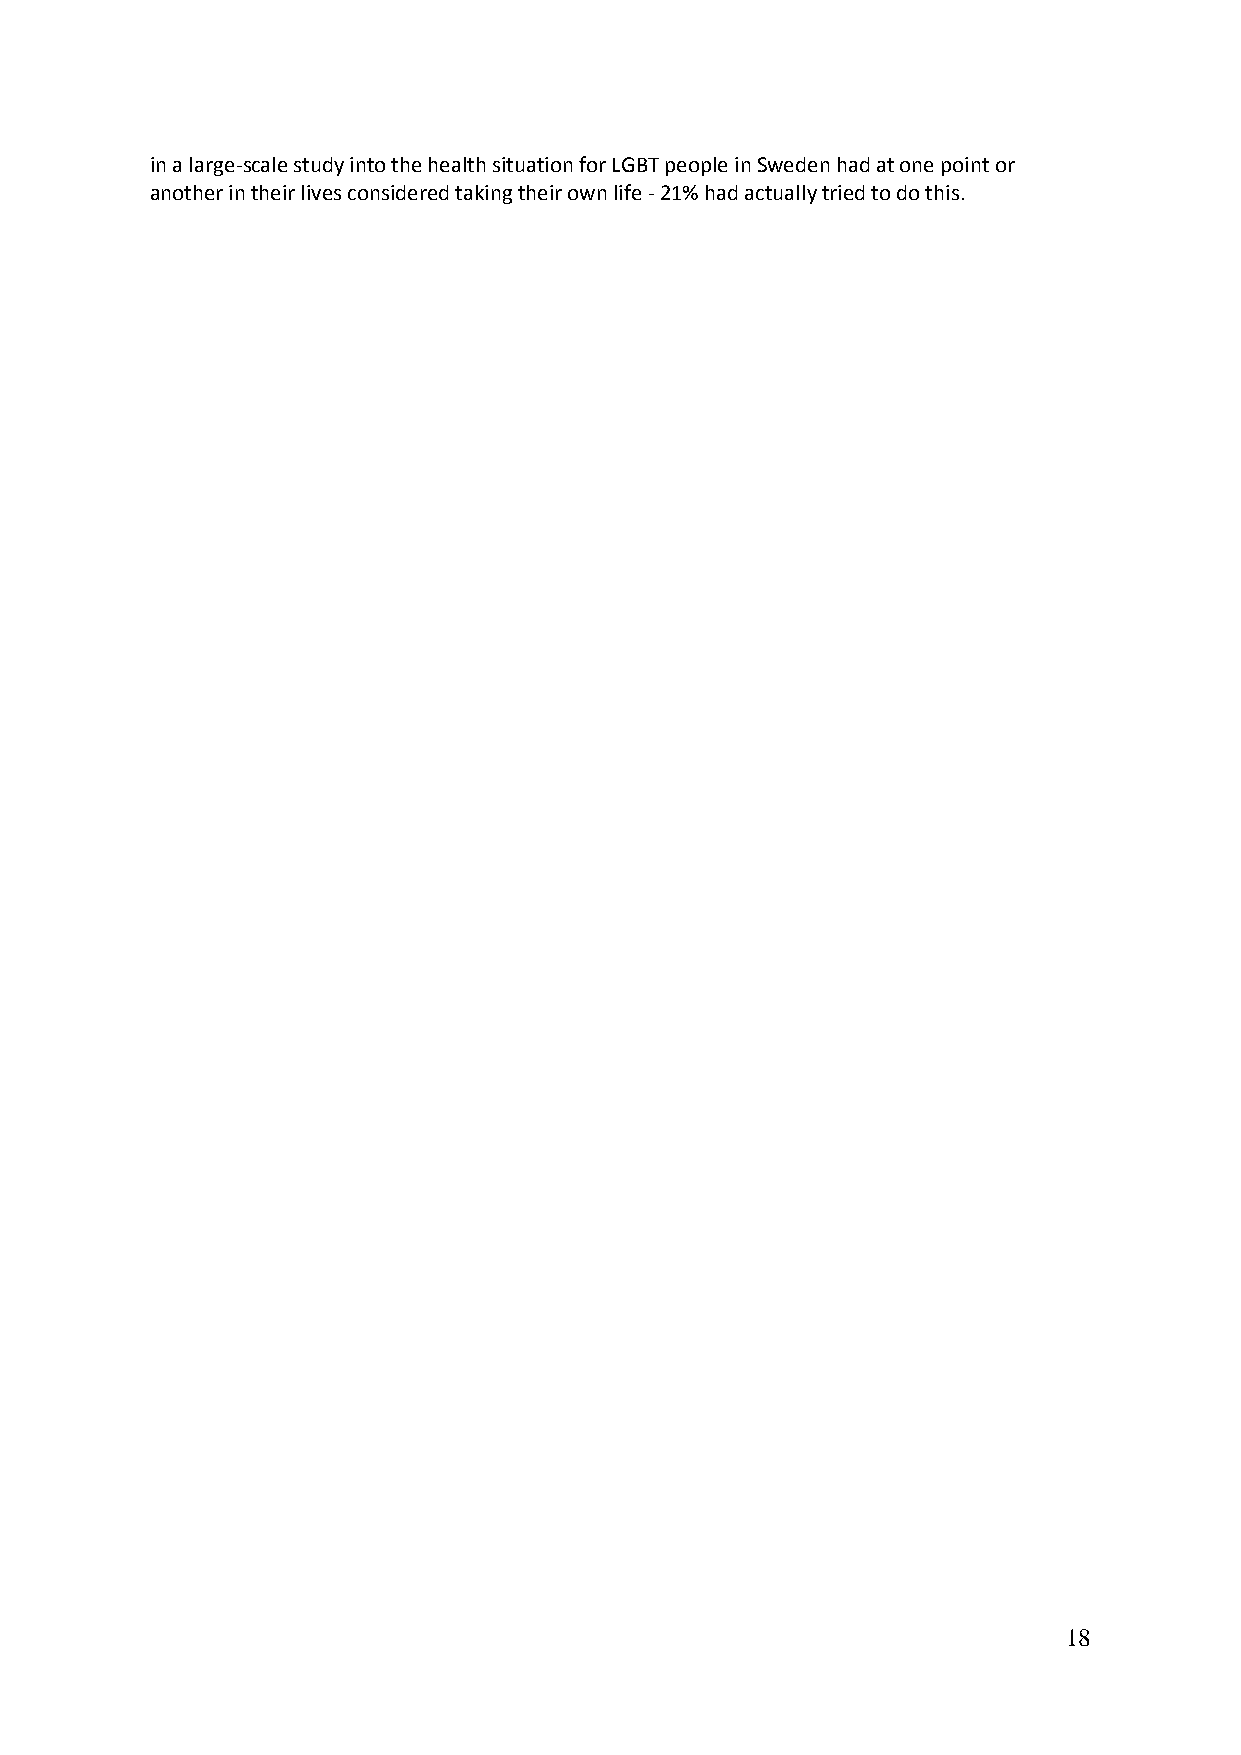
in a large-scale study into the health situation for LGBT people in Sweden had at one point or
 another in their lives considered taking their own life - 21% had actually tried to do this.
 18